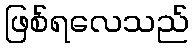
ဖြစ်ရလေသည်